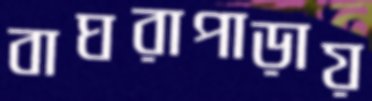
বাঘরাপাড়ায়